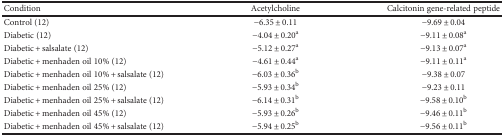
<table><thead><tr><td><b>Condition</b></td><td><b>Acetylcholine</b></td><td><b>Calcitonin gene-related peptide</b></td></tr></thead><tbody><tr><td>Control (12)</td><td>−6.35 ± 0.11</td><td>−9.69 ± 0.04</td></tr><tr><td>Diabetic (12)</td><td>−4.04 ± 0.20<sup>a</sup></td><td>−9.11 ± 0.08<sup>a</sup></td></tr><tr><td>Diabetic + salsalate (12)</td><td>−5.12 ± 0.27<sup>a</sup></td><td>−9.13 ± 0.07<sup>a</sup></td></tr><tr><td>Diabetic + menhaden oil 10% (12)</td><td>−4.61 ± 0.44<sup>a</sup></td><td>−9.11 ± 0.11<sup>a</sup></td></tr><tr><td>Diabetic + menhaden oil 10% + salsalate (12)</td><td>−6.03 ± 0.36<sup>b</sup></td><td>−9.38 ± 0.07</td></tr><tr><td>Diabetic + menhaden oil 25% (12)</td><td>−5.93 ± 0.34<sup>b</sup></td><td>−9.23 ± 0.11</td></tr><tr><td>Diabetic + menhaden oil 25% + salsalate (12)</td><td>−6.14 ± 0.31<sup>b</sup></td><td>−9.58 ± 0.10<sup>b</sup></td></tr><tr><td>Diabetic + menhaden oil 45% (12)</td><td>−5.93 ± 0.26<sup>b</sup></td><td>−9.46 ± 0.11<sup>b</sup></td></tr><tr><td>Diabetic + menhaden oil 45% + salsalate (12)</td><td>−5.94 ± 0.25<sup>b</sup></td><td>−9.56 ± 0.11<sup>b</sup></td></tr></tbody></table>